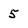
Character: 5